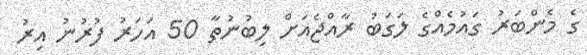
ގެ މެންބަރު ގައުމެއްގެ ލަގަބު ރާއްޖެއަށް ލިބުނުތާ 50 އަހަރު ފުރުނު އިރު